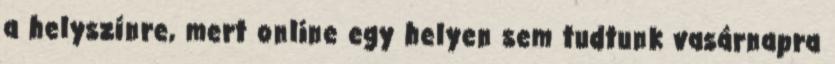
a helyszínre, mert online egy helyen sem tudtunk vasárnapra